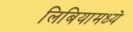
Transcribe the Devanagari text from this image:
लिबियामध्ये